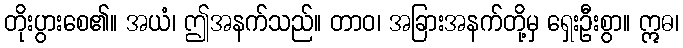
တိုးပွားစေ၏။ အယံ၊ ဤအနက်သည်။ တာဝ၊ အခြားအနက်တို့မှ ရှေးဦးစွာ။ ဣဓ၊